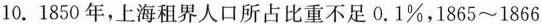
10.1850年，上海租界人口所占比重不足0.1%，1865~1866